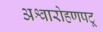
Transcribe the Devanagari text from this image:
अश्वारोहणपटू